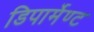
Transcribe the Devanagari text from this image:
डिपार्मेण्ट